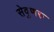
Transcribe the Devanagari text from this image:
सेवुणरु